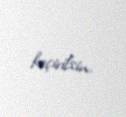
keçirilsin.